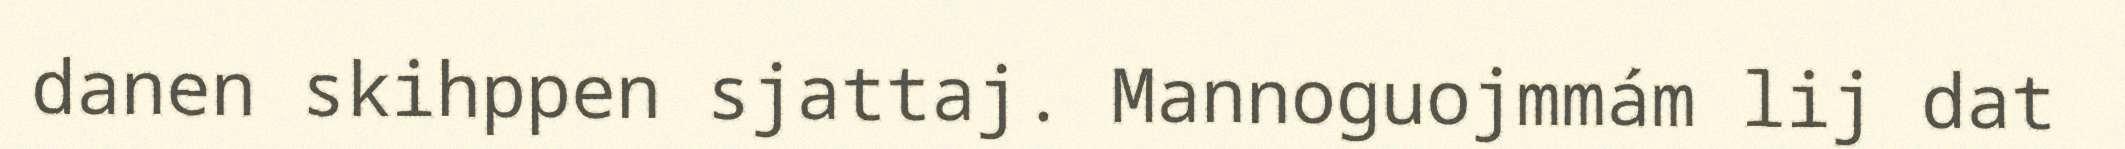
danen skihppen sjattaj. Mannoguojmmám lij dat